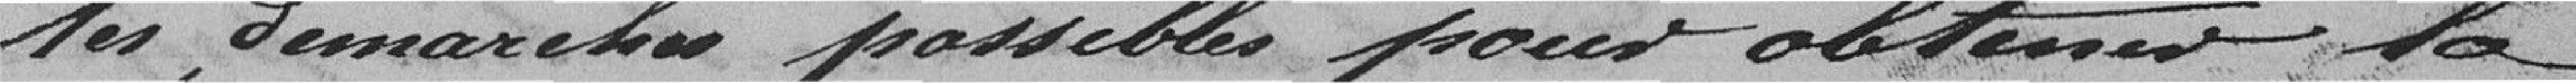
les démarches possibles pour obtenir la